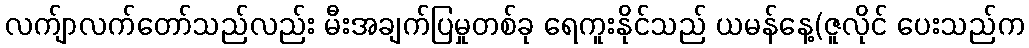
လက်ျာလက်တော်သည်လည်း မီးအချက်ပြမှုတစ်ခု ရေကူးနိုင်သည် ယမန်နေ့(ဇူလိုင် ပေးသည်က